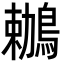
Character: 鶒